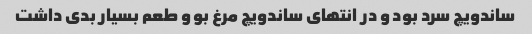
ساندویچ سرد بود و در انتهای ساندویچ مرغ بو و طعم بسیار بدی داشت